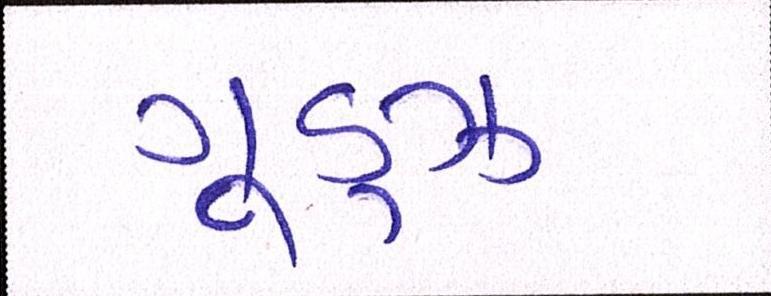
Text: ગૂડ્ઝ